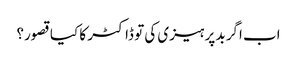
اب اگر بد پرہیزی کی تو ڈاکٹر کا کیا قصور؟